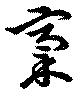
稾